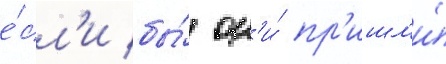
е́сл'и бы́ он'и́ пр'ишл'и́